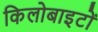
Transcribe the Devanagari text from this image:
किलोबाइटों